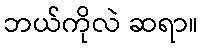
ဘယ်ကိုလဲ ဆရာ။